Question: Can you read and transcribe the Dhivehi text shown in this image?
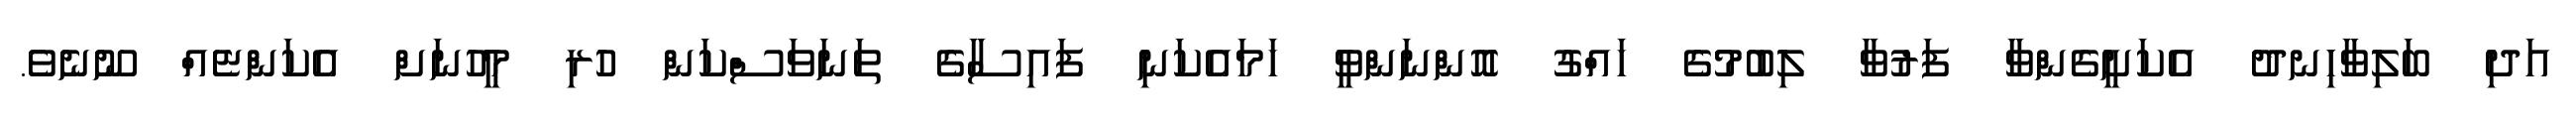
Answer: އަދި ބަލިވާހިނދު އެކަށީގެންވާ ފަރުވާ ލިބުމުގެ ހައްގު އޮންނަންވީ ހަމައެކަނި ފައިސާގެ ތަނަވަސްކަން ހުރި މީހުނަށް އެކަންޏެއް ނޫނެވެ.